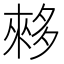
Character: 𫯓